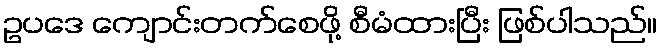
ဥပဒေ ကျောင်းတက်စေဖို့ စီမံထားပြီး ဖြစ်ပါသည်။